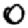
Digit: 0